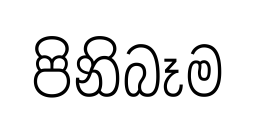
පිනිබෑම